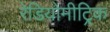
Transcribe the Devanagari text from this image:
रेडियोमीट्रिक